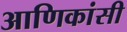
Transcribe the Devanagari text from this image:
आणिकांसी